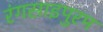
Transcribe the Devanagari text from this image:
रंगसाइपुरम